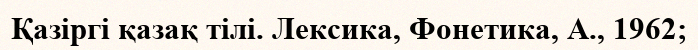
Қазіргі қазақ тілі. Лексика, Фонетика, А., 1962;